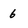
Character: 6